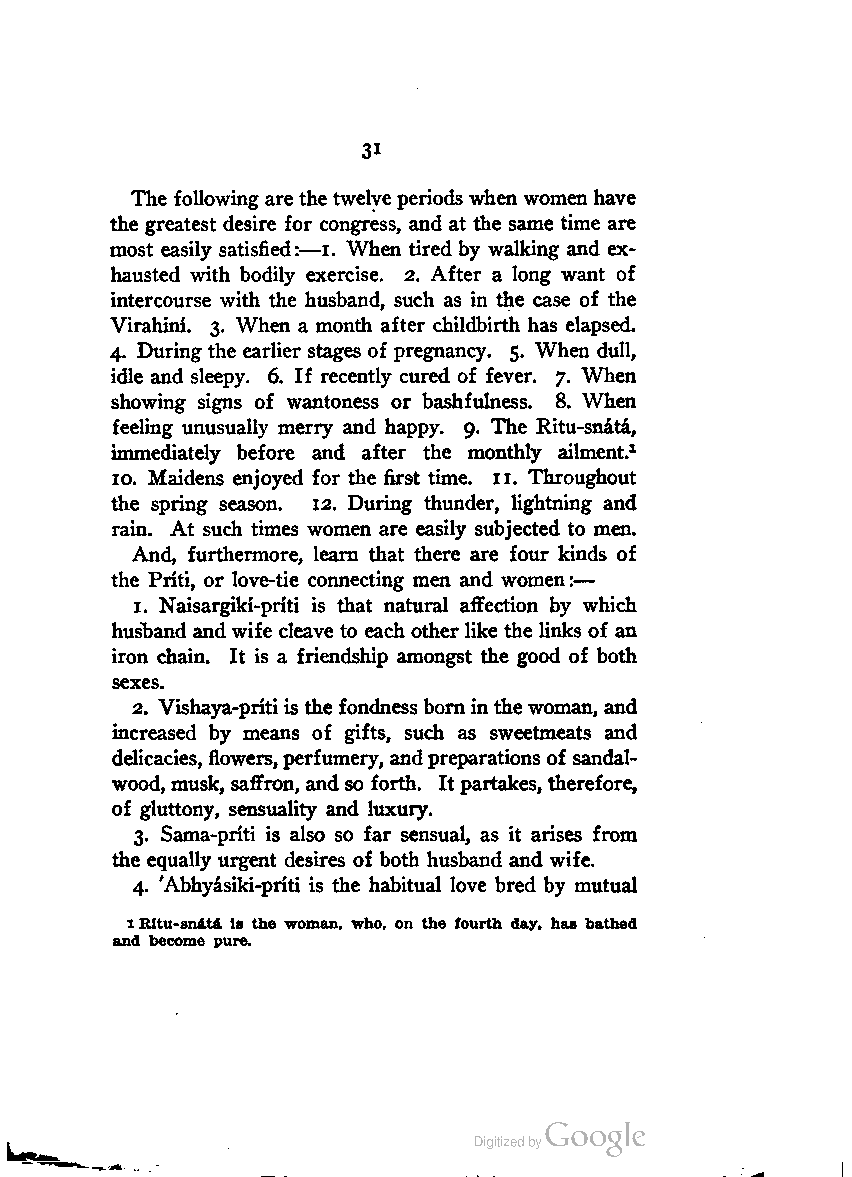
3i
 The following are the twelve periods when women have
 the greatest desire for congress, and at the same time are
 most easily satisfied:—i. When tired by walking and ex
 hausted with bodily exercise. 2. After a long want of
 intercourse with the husband, such as in the case of the
 Virahini. 3. When a month after childbirth has elapsed.
 4. During the earlier stages of pregnancy. 5. When dull,
 idle and sleepy. 6. If recently cured of fever. 7. When
 showing signs of wantoness or bashfulness. 8. When
 feeling unusually merry and happy. 9. The Ritu-snata,
 immediately before and after the monthly ailment.1
 10. Maidens enjoyed for the first time. 11. Throughout
 the spring season. 12. During thunder, lightning and
 rain. At such times women are easily subjected to men.
 And, furthermore, learn that there are four kinds of
 the Priti, or love-tie connecting men and women:—
 1. Naisargiki-priti is that natural affection by which
 husband andwife cleave to each other like the links of an
 iron chain. It is a friendship amongst the good of both
 sexes.
 2. Vishaya-priti is the fondness borninthewoman, and
 increased by means of gifts, such as sweetmeats and
 delicacies, flowers, perfumery, andpreparations of sandal
 wood, musk, saffron, and so forth. Itpartakes, therefore,
 of gluttony, sensuality and luxury.
 3. Sama-priti is also so far sensual, as it arises from
 the equally urgent desires of both husband and wife.
 4. 'Abhyasiki-priti is the habitual love bred by mutual
 1Rftu-snata is the woman, who, on the fourth day, has bathed
 and become pure.